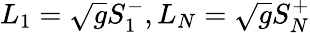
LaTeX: L_{1}=\sqrt{g}S_{1}^{-},L_{N}=\sqrt{g}S_{N}^{+}